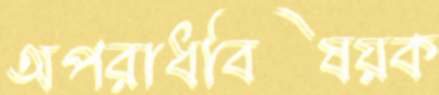
অপরাধবিষয়ক